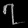
Digit: ၇